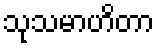
သုသမာဟိတာ